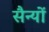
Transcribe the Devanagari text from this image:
सैन्यों